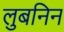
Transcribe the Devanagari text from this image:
लुबनिन